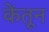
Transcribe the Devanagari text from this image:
केंतून